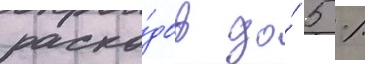
расхо́дов до́ 5 %